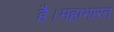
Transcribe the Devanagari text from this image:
है।महाभारत